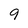
Character: 9